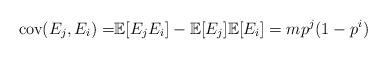
LaTeX: \begin{align*}\mbox{cov}(E_j,E_i)= &\mathbb{E}[E_j E_i] -\mathbb{E}[E_j]\mathbb{E}[E_i]= m p^j(1-p^i)\end{align*}